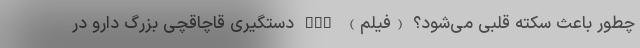
چطور باعث سکته قلبی می‌شود؟ (فیلم) nan دستگیری قاچاقچی بزرگ دارو در